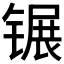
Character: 𬭫